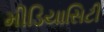
મીડિયાસિટી